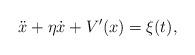
LaTeX: \begin{align*}\ddot{x}+ \eta \dot{x}+V'(x)= \xi(t),\end{align*}